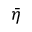
\bar { \eta }